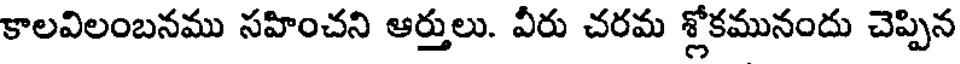
కాలవిలంబనము సహించని ఆర్తులు. వీరు చరమ శ్లోకమునందు చెప్పిన